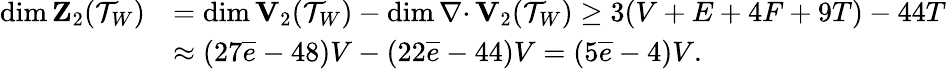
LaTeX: \begin{array}{rl}{\dim{\mathbf Z}_{2}({\mathcal T}_{{W}})}&{=\dim{\mathbf V}_{2}({\mathcal T}_{{W}})-\dim{{\nabla\cdot}\, }{\mathbf V}_{2}({\mathcal T}_{{W}})\geq 3(V+E+4F+9T)-44T}\\ &{\approx(27\overline{{e}}-48)V-(22\overline{{e}}-44)V=(5\overline{{e}}-4)V.}\end{array}